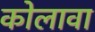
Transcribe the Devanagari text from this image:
कोलावा